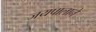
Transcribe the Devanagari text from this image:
जयपालाने